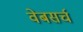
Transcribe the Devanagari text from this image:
वेबसर्च